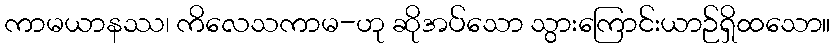
ကာမယာနဿ၊ ကိလေသကာမ-ဟု ဆိုအပ်သော သွားကြောင်းယာဉ်ရှိထသော။